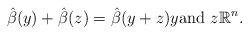
LaTeX: \begin{align*}\hat{\beta}(y)+\hat{\beta}(z)=\hat{\beta}(y+z)y\text{and }z\mathbb{R}^{n}. \end{align*}